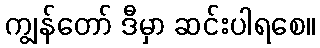
ကျွန်တော် ဒီမှာ ဆင်းပါရစေ။